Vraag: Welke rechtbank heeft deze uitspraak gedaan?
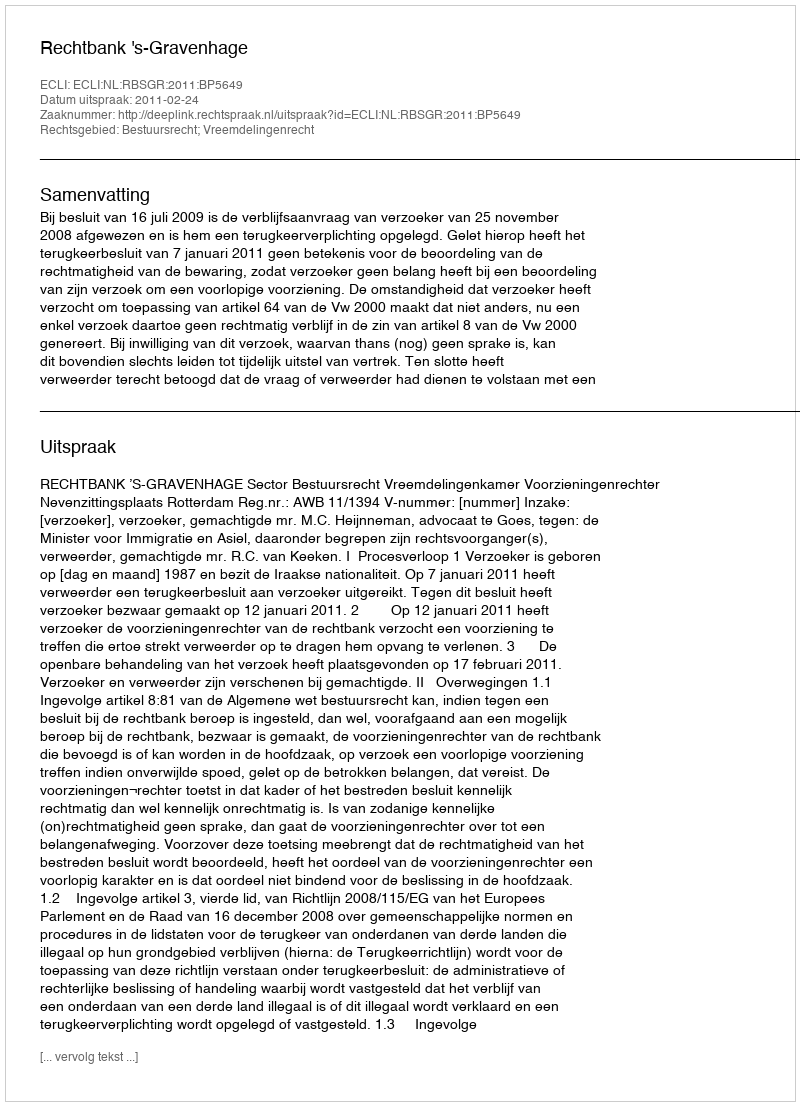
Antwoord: Rechtbank 's-Gravenhage